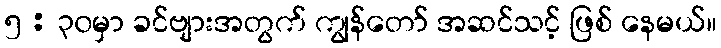
၅ : ၃၀မှာ ခင်ဗျားအတွက် ကျွန်တော် အဆင်သင့် ဖြစ် နေမယ်။